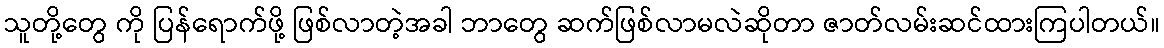
သူတို့တွေ ကို ပြန်ရောက်ဖို့ ဖြစ်လာတဲ့အခါ ဘာတွေ ဆက်ဖြစ်လာမလဲဆိုတာ ဇာတ်လမ်းဆင်ထားကြပါတယ်။